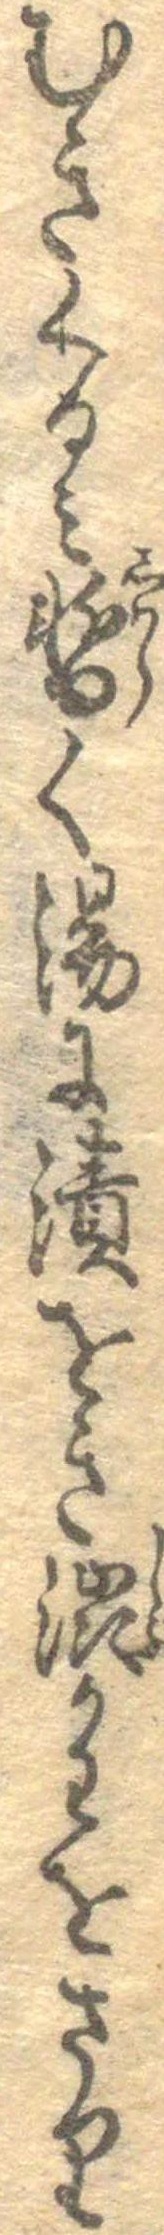
むきくるみ暫く湯に漬をき渋かわをさり